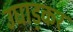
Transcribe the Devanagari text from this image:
उघाड़कर